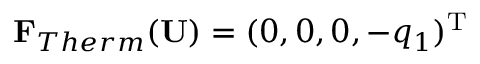
\mathbf { F } _ { T h e r m } ( \mathbf { U } ) = ( 0 , 0 , 0 , - q _ { 1 } ) ^ { \mathrm { T } }